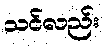
သင်လည်း